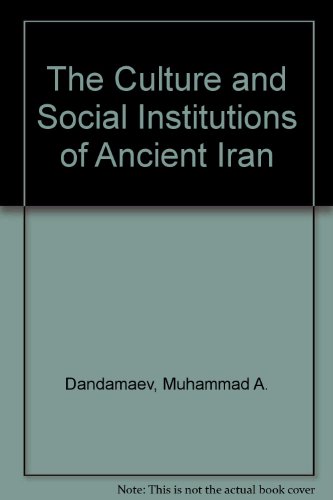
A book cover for The Culture and Social Institutions of Ancient Iran; Muhammad A. Dandamaev; History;